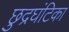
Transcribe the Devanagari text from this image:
छुद्रघंटिका